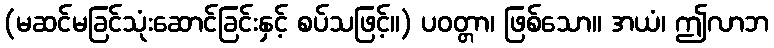
(မဆင်မခြင်သုံးဆောင်ခြင်းနှင့် စပ်သဖြင့်။) ပဝတ္တာ၊ ဖြစ်သော။ အယံ၊ ဤလာဘ